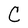
Character: C